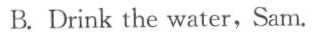
B.Drink the water,Sam.